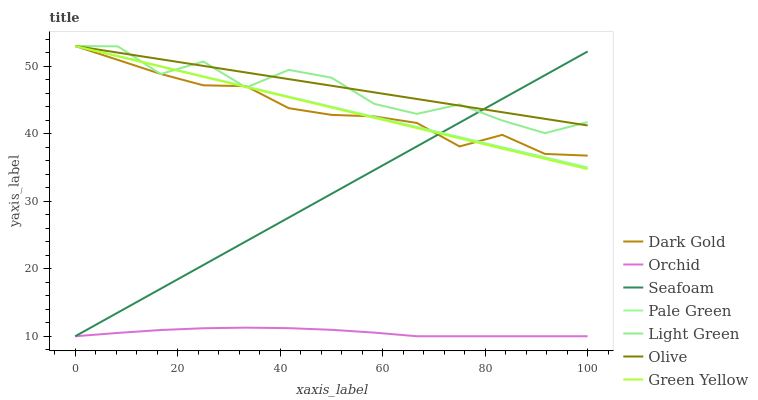
| xaxis_label | Dark Gold | Orchid | Seafoam | Pale Green | Light Green | Olive | Green Yellow |
 | --- | --- | --- | --- | --- | --- | --- | --- |
 | 0 | 53 | 10 | 10 | 53 | 53 | 53 | 53 |
 | 8.33 | 50.9 | 10.5 | 13.5 | 51.5 | 52.9 | 52 | 51.5 |
 | 16.7 | 48.9 | 10.9 | 17 | 50 | 48.8 | 51 | 50 |
 | 25 | 47.2 | 11.2 | 20.5 | 48.5 | 50.7 | 50.1 | 48.4 |
 | 33.3 | 47 | 11.3 | 24.1 | 47 | 46.8 | 49.1 | 46.9 |
 | 41.7 | 43.8 | 11.2 | 27.6 | 45.5 | 49.5 | 48.1 | 45.4 |
 | 50 | 42.8 | 11 | 31.1 | 44 | 48.3 | 47.1 | 43.9 |
 | 58.3 | 42.6 | 10.5 | 34.6 | 42.5 | 44.4 | 46.1 | 42.4 |
 | 66.7 | 41.6 | 10 | 38.1 | 41 | 42.9 | 45.2 | 40.8 |
 | 75 | 38.1 | 10 | 41.6 | 39.5 | 44.3 | 44.2 | 39.3 |
 | 83.3 | 39.8 | 10 | 45.2 | 38 | 42 | 43.2 | 37.8 |
 | 91.7 | 37 | 10 | 48.7 | 36.5 | 40.1 | 42.2 | 36.3 |
 | 100 | 36.8 | 10 | 52.2 | 35 | 41.7 | 41.2 | 34.8 |